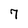
Character: 7